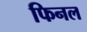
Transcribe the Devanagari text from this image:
फिनल